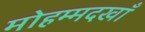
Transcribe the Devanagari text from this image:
मोहम्मदखाँ